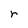
Character: r